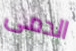
الدمى